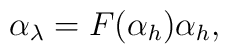
\alpha_{\lambda}=F(\alpha_{h})\alpha_{h},